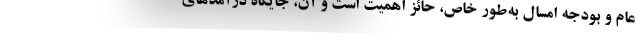
عام و بودجه امسال به‌طور خاص، حائز اهمیت است و آن، جایگاه درآمدهای